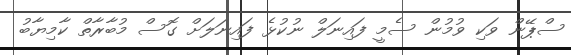
ސްޕޭން ވަކި ވުމުން ސެމީ ފައިނަލް ނުކުޅެ ފައިނަލަށް ގޮސް މުބާރާތް ކާމިޔާބު